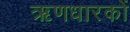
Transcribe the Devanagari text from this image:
ऋणधारकों